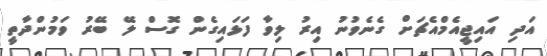
އަދި އައިޖީއެމްއެޗަށް ގެނެވުނު އިރު ލިވާ ފަޅައިގެން ގޮސް ލޭ ބޭރު ވަމުންދާތީ